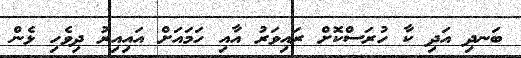
ބަނދި އަދި ކާ ހުރަސްކޮށް ރައިވަރު އާއި ހަމައަށް އައިއިރު ދިވެހި ޅެން